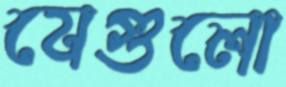
যেগুলো